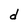
Character: d